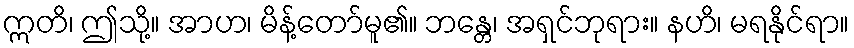
ဣတိ၊ ဤသို့။ အာဟ၊ မိန့်တော်မူ၏။ ဘန္တေ၊ အရှင်ဘုရား။ နဟိ၊ မရနိုင်ရာ။